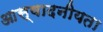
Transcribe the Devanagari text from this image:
आस्वादनीयता